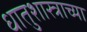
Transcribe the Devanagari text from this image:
धातुशास्त्राच्या